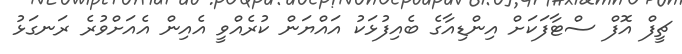
ޗީފް އޮފް ސްޓާފަކަށް އިންޑިއާގެ ބެއިފުޅަކު އައްޔަން ކުރެއްވީ އެއިން އެއަށްވުރެ ރަނގަޅު